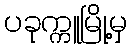
ပခုက္ကူမြို့မှ